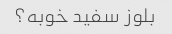
بلوز سفید خوبه؟